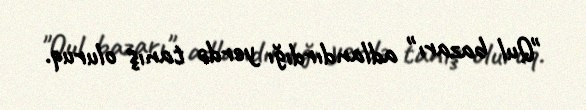
"Qul bazarı" adlandırdığı yerdə tanış oluruq.